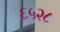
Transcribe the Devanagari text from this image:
६५२८